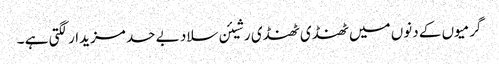
گرمیوں کے دنوں میں ٹھنڈی ٹھنڈی رشیئن سلاد بے حد مزیدار لگتی ہے ۔